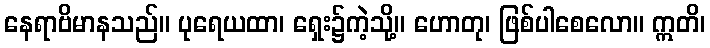
နေရာဗိမာနသည်။ ပုရေယထာ၊ ရှေး၌ကဲ့သို့။ ဟောတု၊ ဖြစ်ပါစေလော။ ဣတိ၊